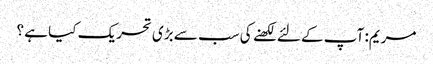
مریم: آپ کے لئے لکھنے کی سب سے بڑی تحریک کیا ہے ؟